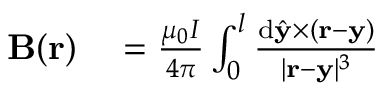
\begin{array} { r l } { \mathbf { B } ( \mathbf { r } ) } & { { } = \frac { \mu _ { 0 } I } { 4 \pi } \int _ { 0 } ^ { l } \frac { \mathrm { d } \hat { \mathbf { y } } \times ( \mathbf { r } - \mathbf { y } ) } { | \mathbf { r } - \mathbf { y } | ^ { 3 } } } \end{array}